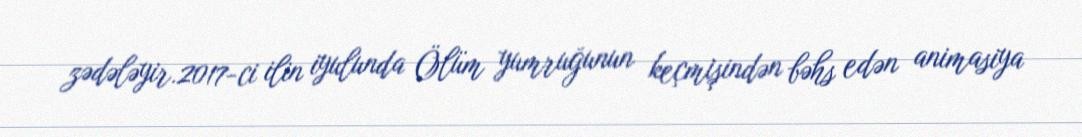
zədələyir.2017-ci ilin iyulunda Ölüm yumruğunun keçmişindən bəhs edən animasiya